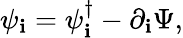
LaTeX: {\psi}_{\mathbf{i}}={\psi}_{\mathbf{i}}^{\dagger}-\partial_{\mathbf{i}}\Psi,